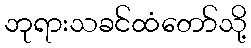
ဘုရားသခင်ထံတော်သို့